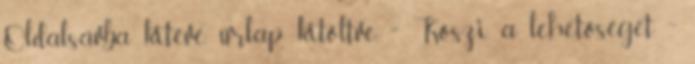
Oldalsávba kitéve, űrlap kitöltve. ^^ Köszi a lehetőséget. ^^